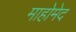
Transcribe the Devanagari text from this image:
माहोमेद